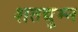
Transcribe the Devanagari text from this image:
शतद्युम्न